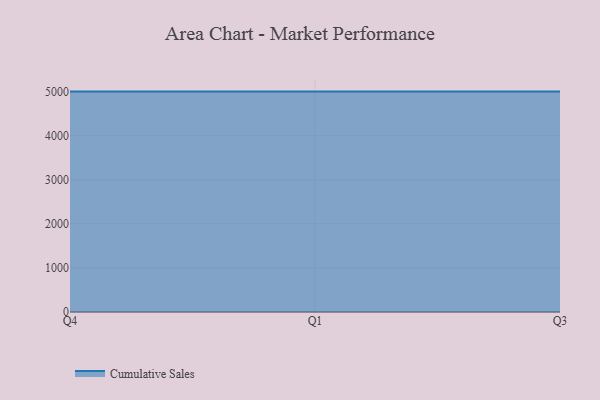
{"axis": {"x": "Quarter", "y": "Headcount"}, "legend": ["Cumulative Sales"], "data": [{"x": "Q4", "y": 5000, "type": "Cumulative Sales"}, {"x": "Q1", "y": 5000, "type": "Cumulative Sales"}, {"x": "Q3", "y": 5000, "type": "Cumulative Sales"}]}